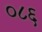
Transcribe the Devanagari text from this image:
०८६